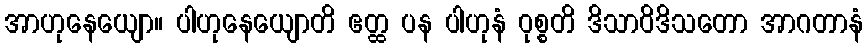
အာဟုနေယျော။ ပါဟုနေယျောတိ ဧတ္ထ ပန ပါဟုနံ ဝုစ္စတိ ဒိသာဝိဒိသတော အာဂတာနံ